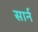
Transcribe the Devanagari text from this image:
सार्न